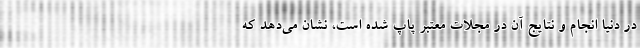
در دنیا انجام و نتایج آن در مجلات معتبر پاپ شده است، نشان می‌دهد که